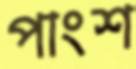
পাংশ